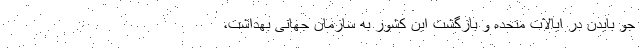
جو بایدن در ایالات متحده و بازگشت این کشور به سازمان جهانی بهداشت،